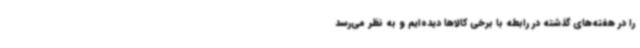
را در هفته‌های گذشته در رابطه با برخی کالاها دیده‌ایم و به نظر می‌رسد